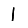
Digit: 1